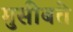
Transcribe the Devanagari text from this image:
मुसीबते